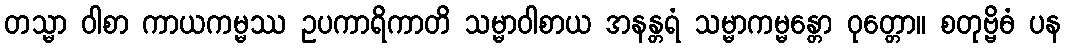
တသ္မာ ဝါစာ ကာယကမ္မဿ ဥပကာရိကာတိ သမ္မာဝါစာယ အနန္တရံ သမ္မာကမ္မန္တော ဝုတ္တော။ စတုဗ္ဗိဓံ ပန